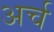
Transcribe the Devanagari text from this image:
अर्च